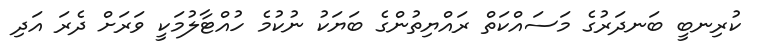
ކުރިނބީ ބަނދަރުގެ މަސައްކަތް ރައްޔިތުންގެ ބަޔަކު ނުކުމެ ހުއްޓާލުމަކީ ވަރަށް ދެރަ އަދި